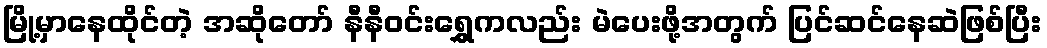
မြို့မှာနေထိုင်တဲ့ အဆိုတော် နီနီဝင်းရွှေကလည်း မဲပေးဖို့အတွက် ပြင်ဆင်နေဆဲဖြစ်ပြီး